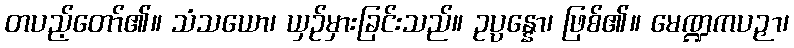
တပည့်တော်၏။ သံသယော၊ ယှဉ်မှားခြင်းသည်။ ဥပ္ပန္နော၊ ဖြစ်၏။ မေဏ္ဍကပဉှာ၊